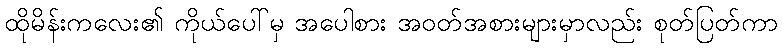
ထိုမိန်းကလေး၏ ကိုယ်ပေါ်မှ အပေါစား အဝတ်အစားများမှာလည်း စုတ်ပြတ်ကာ